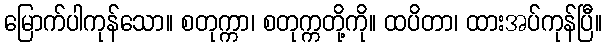
မြောက်ပါကုန်သော။ စတုက္ကာ၊ စတုက္ကတို့ကို။ ထပိတာ၊ ထားအပ်ကုန်ပြီ။